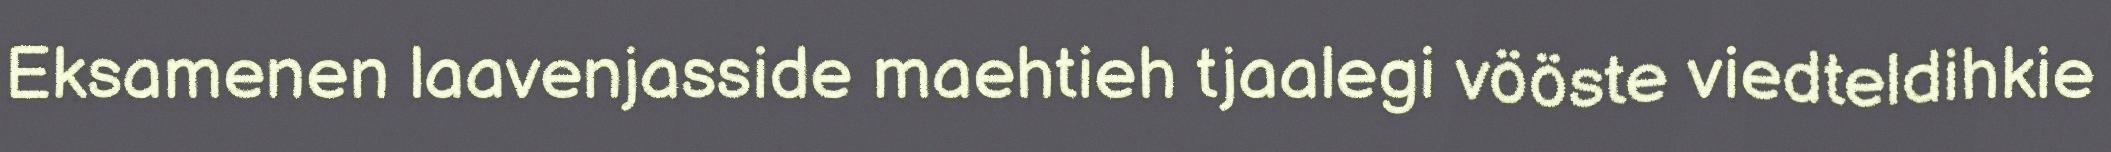
Eksamenen laavenjasside maehtieh tjaalegi vööste viedteldihkie